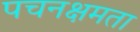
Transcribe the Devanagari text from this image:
पचनक्षमता